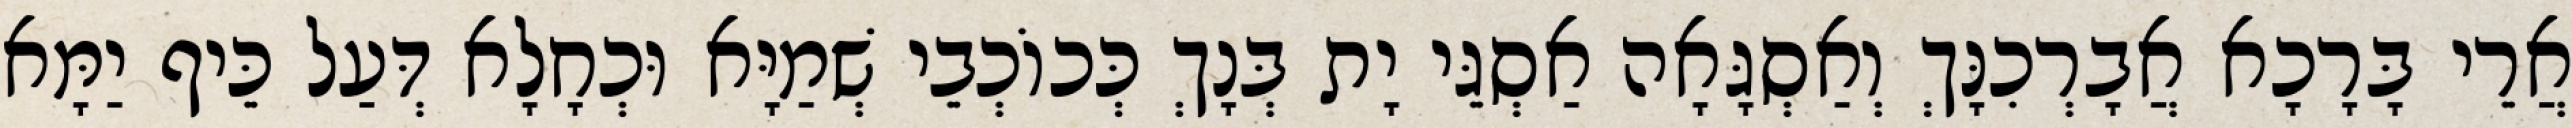
אֲרֵי בָּרָכָא אֲבָרְכִנָּךְ וְאַסְגָּאָה אַסְגֵּי יָת בְּנָךְ כְּכוֹכְבֵי שְׁמַיָּא וּכְחָלָא דְּעַל כֵּיף יַמָּא